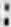
: